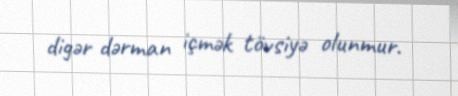
digər dərman içmək tövsiyə olunmur.